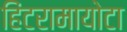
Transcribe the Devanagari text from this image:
हिंटरामायोटा